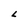
Character: L